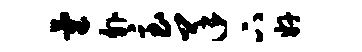
气外急羊下奸